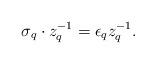
LaTeX: \begin{align*} \sigma_q\cdot z_q^{-1} = \epsilon_qz_q^{-1}.\end{align*}